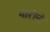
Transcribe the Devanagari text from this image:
भारीने